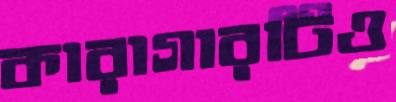
কারাগারটিও